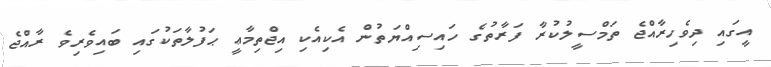
އީގައި ދިވެހިރާއްޖެ ތަމްސީލުކުރާ ފަރާތުގެ ހައިސިއްޔަތުން އެކިއެކި އިޖްތިމާޢީ ޙަފުލާތަކުގައި ބައިވެރިވެ ރާއްޖެ